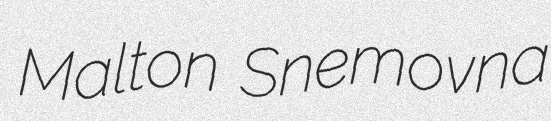
Malton Snemovna